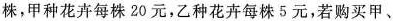
株，甲种花卉每株 20 元，乙种花卉每株 5 元，若购买甲、